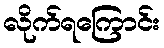
လိုက်ရကြောင်း